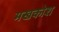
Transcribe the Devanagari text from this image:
मखकोश